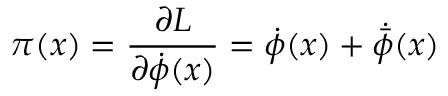
\pi ( x ) = \frac { \partial { \cal L } } { \partial { \dot { \phi } } ( x ) } = { \dot { \phi } } ( x ) + { \dot { \bar { \phi } } } ( x )